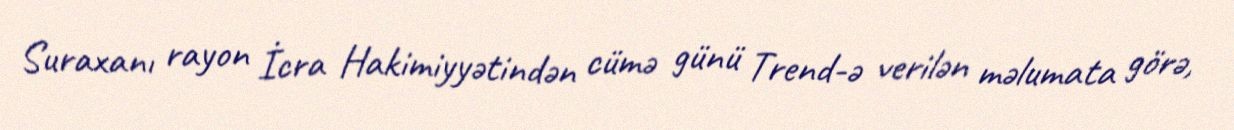
Suraxanı rayon İcra Hakimiyyətindən cümə günü Trend-ə verilən məlumata görə,